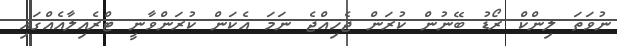
ނުވަތަ ލިންކް ރޯޑު ބޭނުން ކުރަން ޖެހިއްޖެ ނަމަ އެކަން ކުރަންވާނީ ޓްރެއިލާއެއްގައި